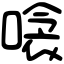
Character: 𠹸